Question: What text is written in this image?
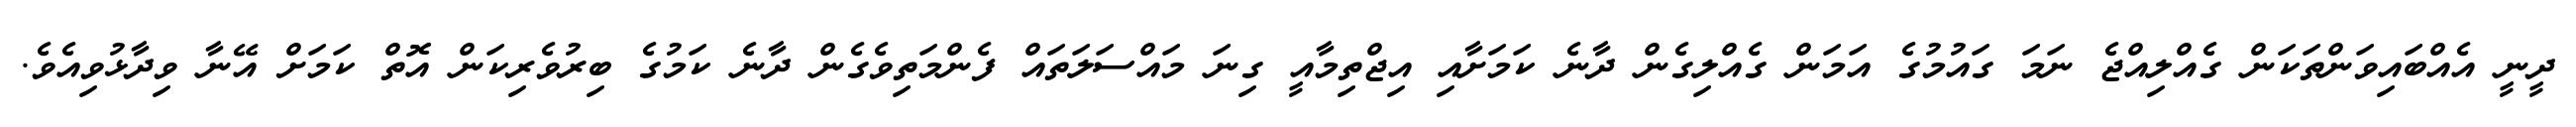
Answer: ދީނީ އެއްބައިވަންތަކަން ގެއްލިއްޖެ ނަމަ ގައުމުގެ އަމަން ގެއްލިގެން ދާނެ ކަމަށާއި އިޖްތިމާއީ ގިނަ މައްސަލަތައް ފެންމަތިވެގެން ދާނެ ކަމުގެ ބިރުވެރިކަން އޮތް ކަމަށް އޭނާ ވިދާޅުވިއެވެ.